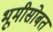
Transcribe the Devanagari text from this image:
भूमीसोबत